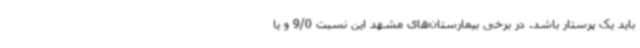
باید یک پرستار باشد. در برخی بیمارستان‌های مشهد این نسبت 9/0 و یا